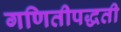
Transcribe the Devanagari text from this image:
गणितीपद्धती